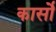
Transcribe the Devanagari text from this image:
कार्सो